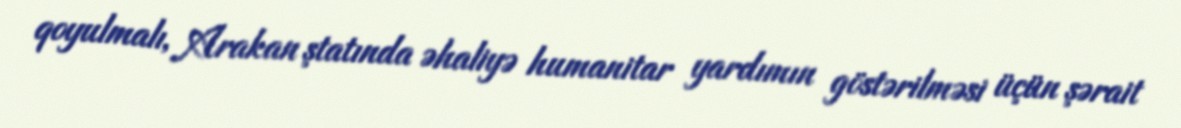
qoyulmalı, Arakan ştatında əhaliyə humanitar yardımın göstərilməsi üçün şərait